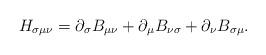
LaTeX: \begin{align*}H_{\sigma\mu\nu} =\partial_\sigma B_{\mu\nu} +\partial_\mu B_{\nu\sigma} + \partial_\nu B_{\sigma\mu}.\end{align*}